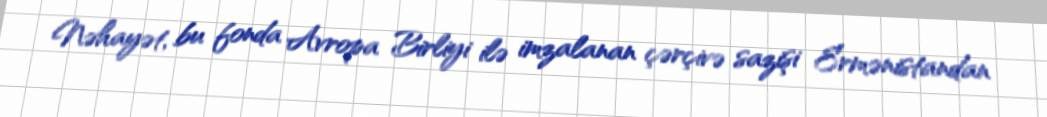
Nəhayət, bu fonda Avropa Birliyi ilə imzalanan çərçivə sazişi Ermənistandan